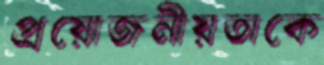
প্রয়োজনীয়তাকে